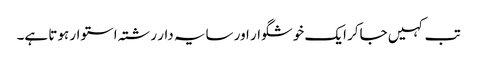
تب کہیں جاکر ایک خوشگوار اور سایہ دار رشتہ استوار ہوتا ہے۔